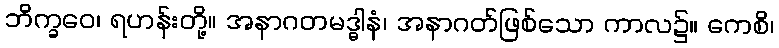
ဘိက္ခဝေ၊ ရဟန်းတို့။ အနာဂတမဒ္ဓါနံ၊ အနာဂတ်ဖြစ်သော ကာလ၌။ ကေစိ၊